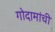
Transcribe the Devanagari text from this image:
गोदामांची